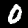
Digit: 0